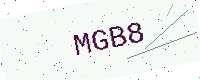
Text: MGB8